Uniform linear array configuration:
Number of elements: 16
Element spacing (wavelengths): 1
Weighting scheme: cosine
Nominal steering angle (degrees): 30
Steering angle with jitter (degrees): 29.198
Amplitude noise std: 0.05
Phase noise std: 0.05

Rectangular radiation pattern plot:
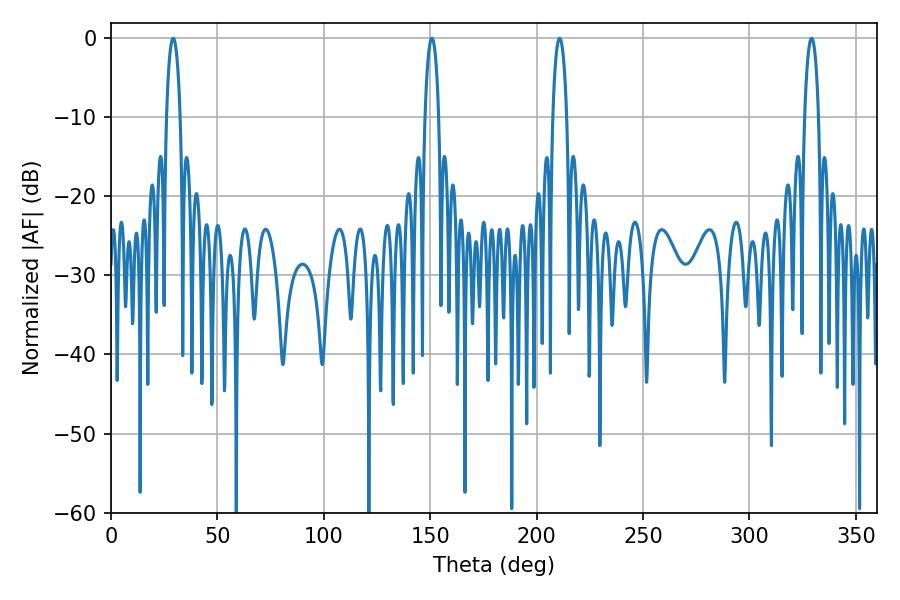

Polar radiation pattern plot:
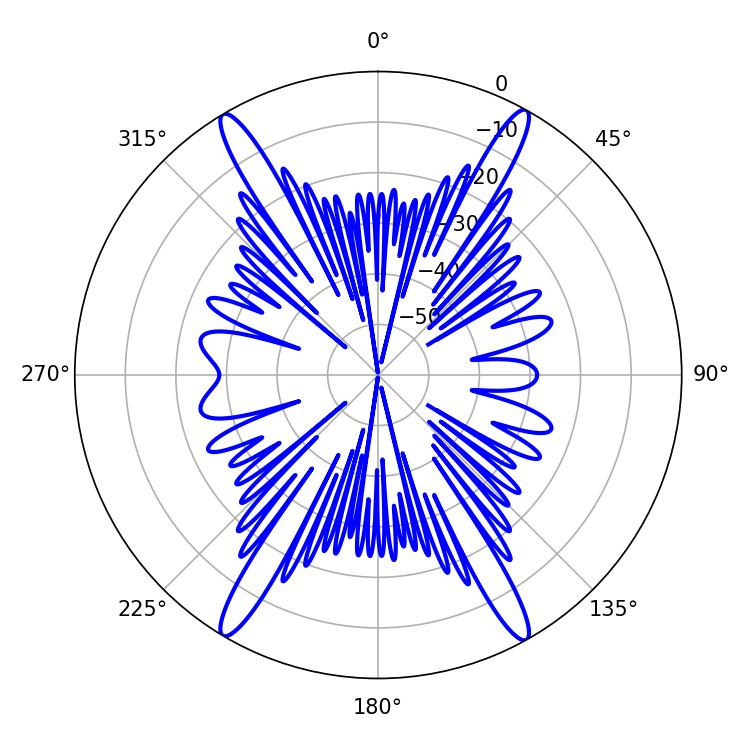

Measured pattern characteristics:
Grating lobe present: TRUE
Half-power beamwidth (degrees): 3.6
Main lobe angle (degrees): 210.78